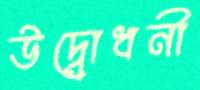
উদ্বোধনী